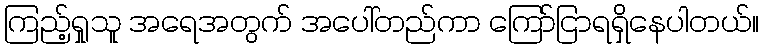
ကြည့်ရှုသူ အရေအတွက် အပေါ်တည်ကာ ကြော်ငြာရရှိနေပါတယ်။